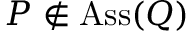
P \not \in \operatorname { A s s } ( Q )